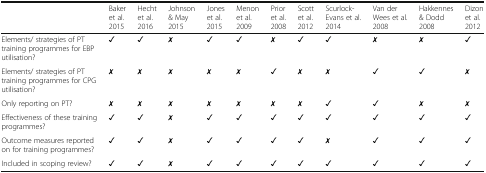
|  | Baker et al. 2015 | Hecht et al. 2016 | Johnson & May 2015 | Jones et al. 2015 | Menon et al. 2009 | Prior et al. 2008 | Scott et al. 2012 | Scurlock-Evans et al. 2014 | Van der Wees et al. 2008 | Hakkennes & Dodd 2008 | Dizon et al. 2012 |
 | --- | --- | --- | --- | --- | --- | --- | --- | --- | --- | --- | --- |
 | Elements/ strategies of PT training programmes for EBP utilisation? | ✓ | ✓ | ✗ | ✓ | ✓ | ✗ | ✓ | ✓ | ✗ | ✗ | ✓ |
 | Elements/ strategies of PT training programmes for CPG utilisation? | ✗ | ✗ | ✗ | ✗ | ✗ | ✓ | ✗ | ✗ | ✓ | ✓ | ✗ |
 | Only reporting on PT? | ✗ | ✗ | ✗ | ✗ | ✗ | ✗ | ✗ | ✓ | ✓ | ✗ | ✗ |
 | Effectiveness of these training programmes? | ✓ | ✓ | ✗ | ✓ | ✓ | ✓ | ✓ | ✓ | ✓ | ✓ | ✓ |
 | Outcome measures reported on for training programmes? | ✓ | ✓ | ✗ | ✓ | ✓ | ✓ | ✓ | ✗ | ✓ | ✓ | ✓ |
 | Included in scoping review? | ✓ | ✓ | ✗ | ✓ | ✓ | ✓ | ✓ | ✓ | ✓ | ✓ | ✓ |